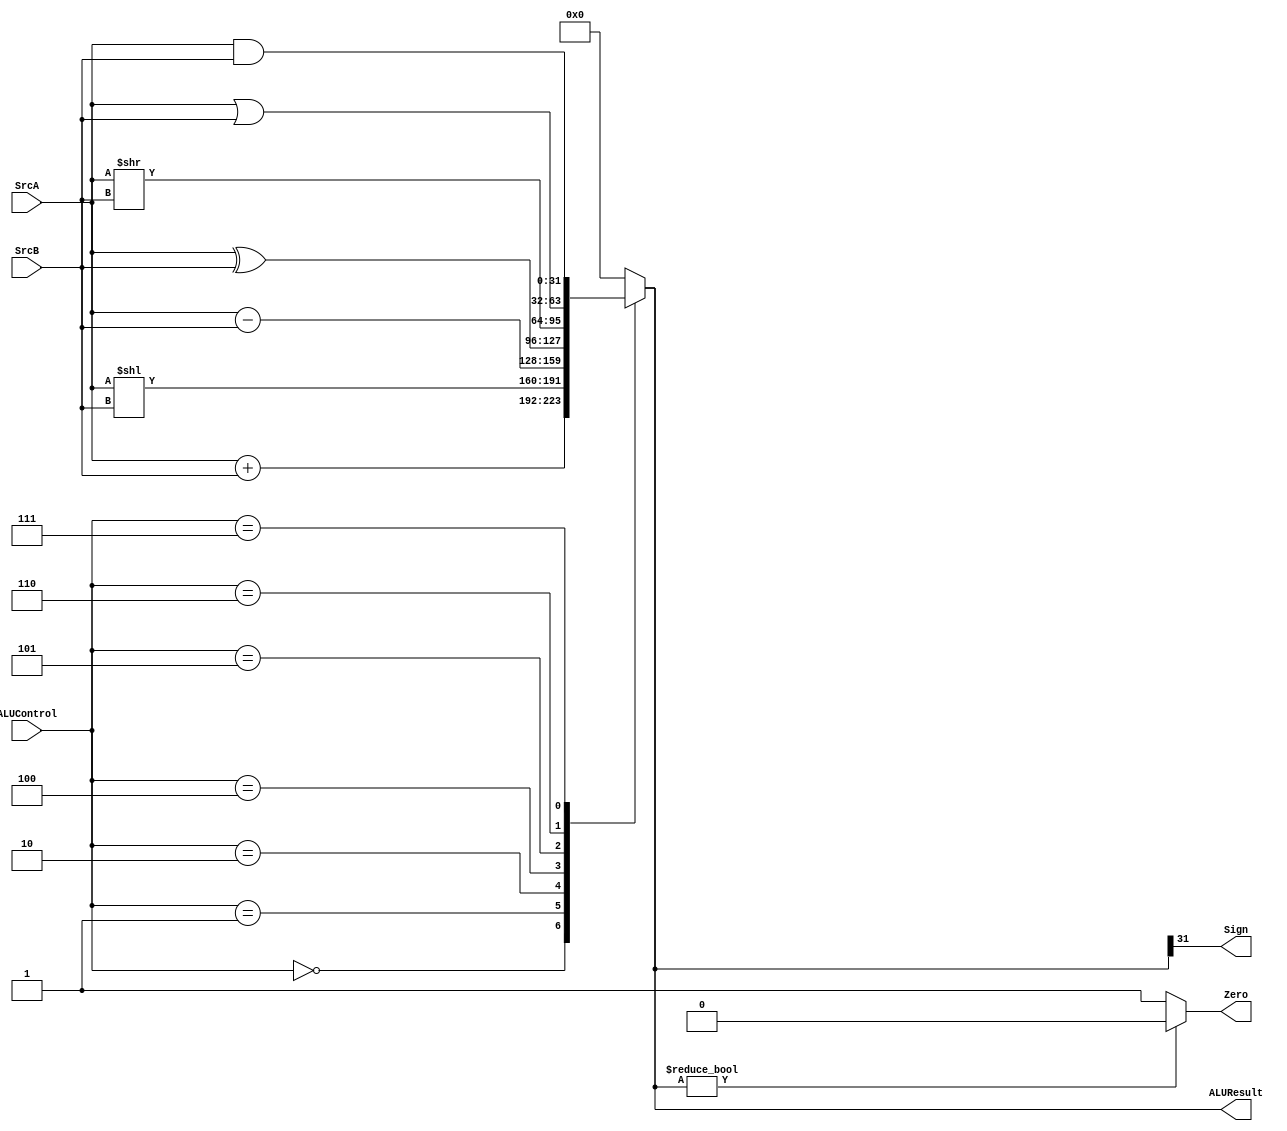
module ALU #(parameter width = 32)
    (
        input [width-1:0] SrcA, SrcB,
        input [2:0] ALUControl,
        output reg [width-1:0] ALUResult,
        output reg Zero,
        output reg Sign
    );
    always @(*) begin
        case (ALUControl)
            3'b000:  ALUResult = SrcA + SrcB;      /* Addition      */
            3'b001:  ALUResult = SrcA << SrcB;     /* Shift Left    */ 
            3'b010:  ALUResult = SrcA - SrcB;      /* Subtracion    */
            3'b100:  ALUResult = SrcA ^ SrcB;      /* Xoring        */
            3'b101:  ALUResult = SrcA >> SrcB;     /* Shift Right   */ 
            3'b110:  ALUResult = SrcA | SrcB;      /* Oring         */ 
            3'b111:  ALUResult = SrcA & SrcB;      /* Anding        */
            default: ALUResult = {width{1'b0}};        /* reset result  */
        endcase
        /* Calculate Zero and Sign flag */
        Zero = ALUResult ? 1'b0 : 1'b1;
        Sign = ALUResult[width-1];
    end
endmodule